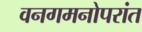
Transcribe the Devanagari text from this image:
वनगमनोपरांत